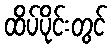
ထိပ်ပိုင်းတွင်